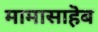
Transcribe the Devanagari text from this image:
मामासाहॆब